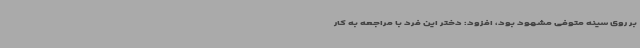
بر روی سینه متوفی مشهود بود، افزود: دختر این فرد با مراجعه به کار